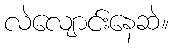
လဲလျောင်းနေဆဲ။